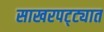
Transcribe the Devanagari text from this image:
साखरपट्ट्यात